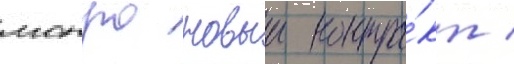
монро новыи контра́кт /